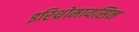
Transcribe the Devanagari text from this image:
इरिथ्रोमायसिन